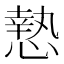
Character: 慹